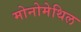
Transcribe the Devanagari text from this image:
मोनोमेथिल